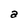
Character: a